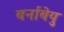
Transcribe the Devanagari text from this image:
बर्नाबेयु